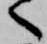
へ